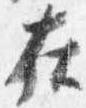
在